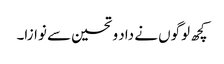
کچھ لوگوں نے داد و تحسین سے نوازا۔